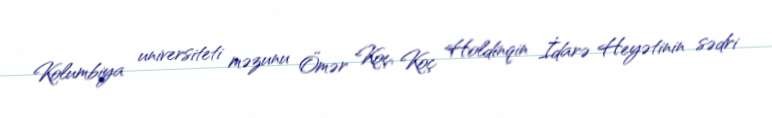
Kolumbiya universiteti məzunu Ömər Koç, Koç Holdinqin İdarə Heyətinin sədri